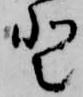
登